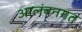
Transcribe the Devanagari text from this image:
आलंबनगत